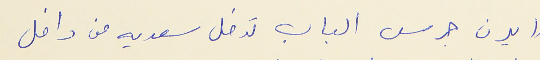
(( يرن جرس الباب تدخل سعديه من داخل